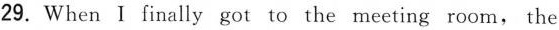
29. When I finally got to the meeting room, the